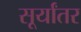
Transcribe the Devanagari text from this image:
सूर्यांतर